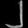
Digit: ၂